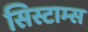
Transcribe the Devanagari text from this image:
सिस्टाम्स